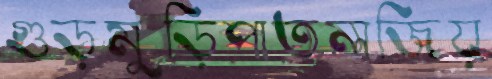
গুড়মুড়িপাতলজিয়